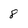
Character: 8